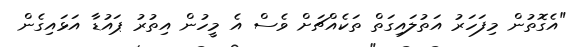
"އެގޮތުން މިފަހަރު އަތުލައިގަތް ތަކެއްޗަށް ވެސް އެ މީހުން އިތުރު ޕައުޑާ އަޅައިގެން